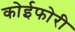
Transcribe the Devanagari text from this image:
कोईफोरी